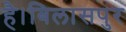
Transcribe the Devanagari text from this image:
है।बिलासपुर